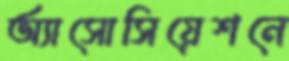
অ্যাসোসিয়েশনে